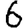
Digit: 6